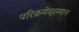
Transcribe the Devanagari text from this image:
परिक्रमेदरम्यान